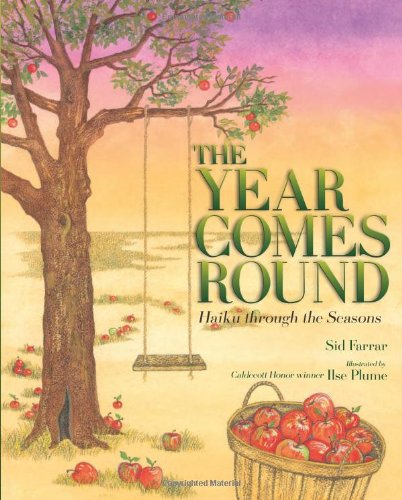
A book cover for The Year Comes Round: Haiku through the Seasons; Sid Farrar; Literature & Fiction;